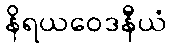
နိရယဝေဒနီယံ